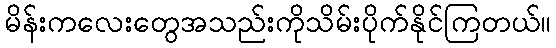
မိန်းကလေးတွေအသည်းကိုသိမ်းပိုက်နိုင်ကြတယ်။